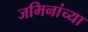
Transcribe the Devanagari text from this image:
जमिनांच्या